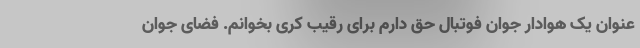
عنوان یک هوادار جوان فوتبال حق دارم برای رقیب کُری بخوانم. فضای جوان